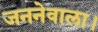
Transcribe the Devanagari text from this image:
जननेवाला।